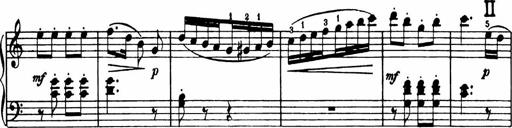
Title: Analytical Sonatinas
Composer: Frank Lynes